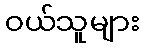
ဝယ်သူများ